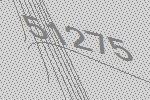
51275